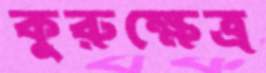
কুরুক্ষেত্র